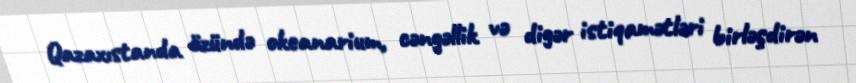
Qazaxıstanda özündə okeanarium, cəngəllik və digər istiqamətləri birləşdirən